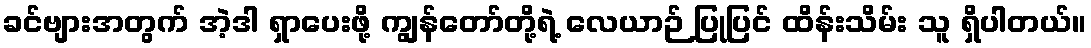
ခင်ဗျားအတွက် အဲ့ဒါ ရှာပေးဖို့ ကျွန်တော်တို့ရဲ့ လေယာဉ် ပြုပြင် ထိန်းသိမ်း သူ ရှိပါတယ်။